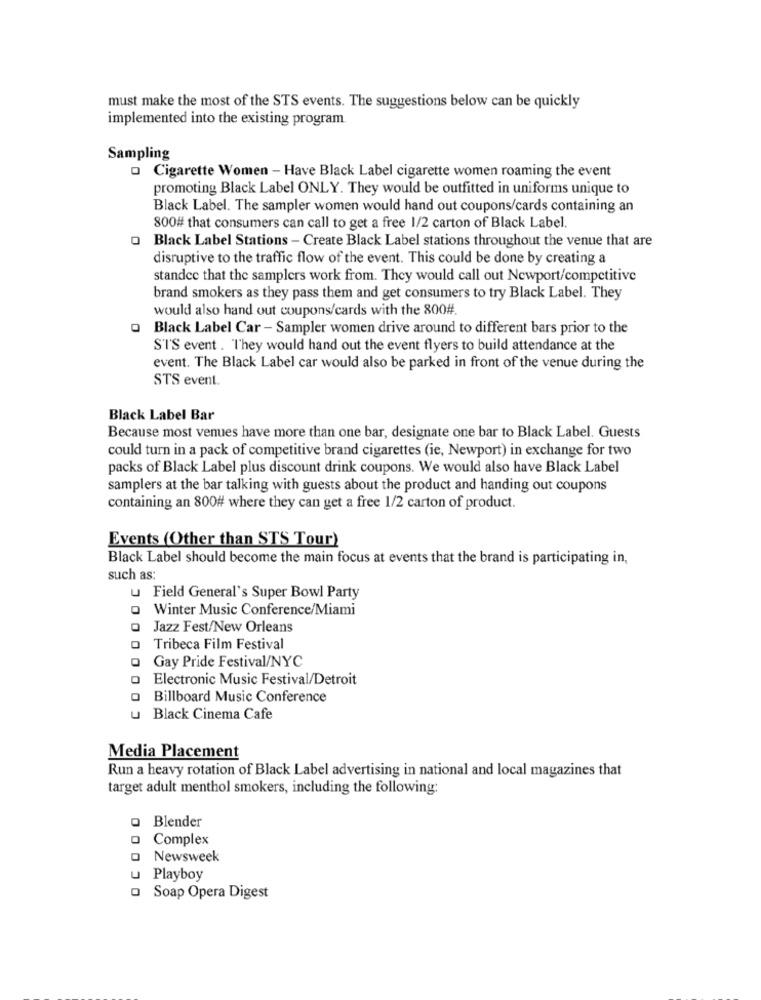
must make the most of the STS events. The suggestions below can be quickly
implemented into the existing program.
Sampling
o Cigarette Women - Have Black Label cigarette women roaming the event
promoting Black Label ONLY. They would be outfitted in uniforms unique to
Black Label. The sampler women would hand out coupons/cards containing an
800# that consumers can call to get a free 1/2 carton of Black Label.
Black Label Stations - Create Black Label stations throughout the venue that are
disruptive to the traffic flow of the event. This could be done by creating a
standce that the samplers work from. They would call out Newport/competitive
brand smokers as they pass them and get consumers to try Black Label. They
would also hand out coupons/cards with the 800#.
Black Label Car - Sampler women drive around to different bars prior to the
S'IT'S event . They would hand out the event flyers to build attendance at the
event. The Black Label car would also be parked in front of the venue during the
STS event.
Black Label Bar
Because most venues have more than one bar, designate one bar to Black Label. Guests
could turn in a pack of competitive brand cigarettes (ie, Newport) in exchange for two
packs of Black Label plus discount drink coupons. We would also have Black Label
samplers at the bar talking with guests about the product and handing out coupons
containing an 800# where they can get a free 1/2 carton of product.
Events (Other than STS Tour)
Black Label should become the main focus at events that the brand is participating in,
such as:
u Field General's Super Bowl Party
Winter Music Conference/Miami
Jazz Fest/New Orleans
Tribeca Film Festival
Gay Pride Festival/NYC
Electronic Music Festival/Detroit
CO
Billboard Music Conference
Black Cinema Cafe
Media Placement
Run a heavy rotation of Black Label advertising in national and local magazines that
target adult menthol smokers, including the following:
Blender
Complex
O Newsweek
u Playboy
- Soap Opera Digest
00000